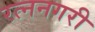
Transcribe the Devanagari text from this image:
रत्ननगरी